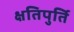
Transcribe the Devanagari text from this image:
क्षतिपुर्ति